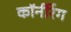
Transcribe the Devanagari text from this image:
कॉर्नरिंग